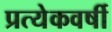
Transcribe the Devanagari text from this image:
प्रत्येकवर्षी